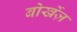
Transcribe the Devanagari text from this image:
बोर्खेज़